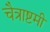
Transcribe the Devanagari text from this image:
चैत्राष्टमी